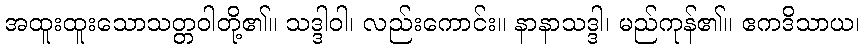
အထူးထူးသောသတ္တဝါတို့၏။ သဒ္ဒါဝါ၊ လည်းကောင်း။ နာနာသဒ္ဒါ၊ မည်ကုန်၏။ ဧကဒိသာယ၊